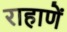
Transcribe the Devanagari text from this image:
राहाणें